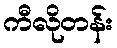
ကီလိုတန်း